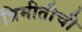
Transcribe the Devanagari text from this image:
त्रिमीतीची